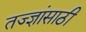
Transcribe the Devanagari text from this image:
तज्ज्ञांसाठी